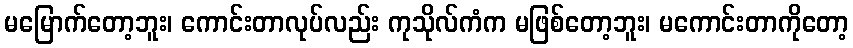
မမြောက်တော့ဘူး၊ ကောင်းတာလုပ်လည်း ကုသိုလ်ကံက မဖြစ်တော့ဘူး၊ မကောင်းတာကိုတော့